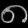
Digit: ၈